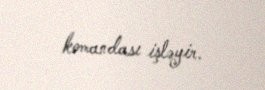
komandası işləyir.